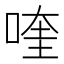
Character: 喹